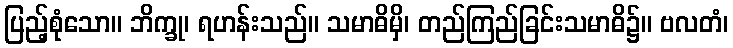
ပြည့်စုံသော။ ဘိက္ခု၊ ရဟန်းသည်။ သမာဓိမှိ၊ တည်ကြည်ခြင်းသမာဓိ၌။ ဗလတံ၊